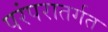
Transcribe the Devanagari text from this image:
परंपरातर्गत